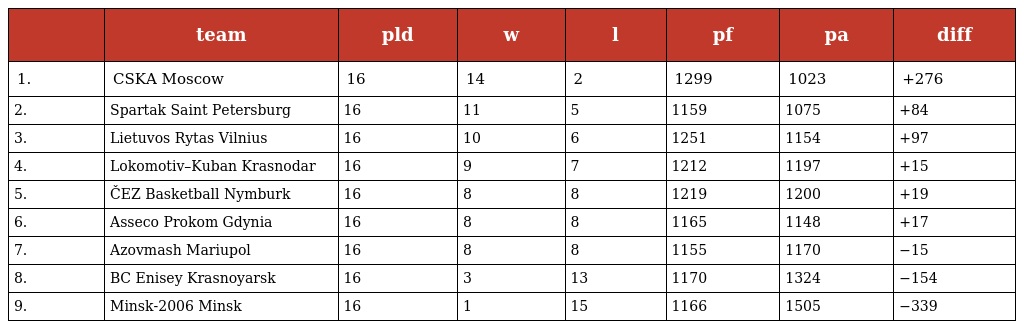
|  | team | pld | w | l | pf | pa | diff |
 | --- | --- | --- | --- | --- | --- | --- | --- |
 | 1. | CSKA Moscow | 16 | 14 | 2 | 1299 | 1023 | +276 |
 | 2. | Spartak Saint Petersburg | 16 | 11 | 5 | 1159 | 1075 | +84 |
 | 3. | Lietuvos Rytas Vilnius | 16 | 10 | 6 | 1251 | 1154 | +97 |
 | 4. | Lokomotiv–Kuban Krasnodar | 16 | 9 | 7 | 1212 | 1197 | +15 |
 | 5. | ČEZ Basketball Nymburk | 16 | 8 | 8 | 1219 | 1200 | +19 |
 | 6. | Asseco Prokom Gdynia | 16 | 8 | 8 | 1165 | 1148 | +17 |
 | 7. | Azovmash Mariupol | 16 | 8 | 8 | 1155 | 1170 | −15 |
 | 8. | BC Enisey Krasnoyarsk | 16 | 3 | 13 | 1170 | 1324 | −154 |
 | 9. | Minsk-2006 Minsk | 16 | 1 | 15 | 1166 | 1505 | −339 |